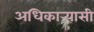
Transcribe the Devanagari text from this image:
अधिकार्‍यासी